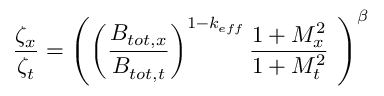
\frac { \zeta _ { x } } { \zeta _ { t } } = \left( \left( \frac { B _ { t o t , x } } { B _ { t o t , t } } \right) ^ { 1 - k _ { e f f } } \frac { 1 + M _ { x } ^ { 2 } } { 1 + M _ { t } ^ { 2 } } ~ \right) ^ { \beta }